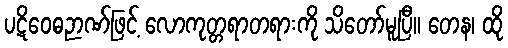
ပဋိဝေဓဉာဏ်ဖြင့် လောကုတ္တရာတရားကို သိတော်မူပြီ။ တေန၊ ထို